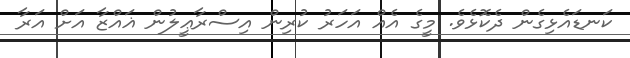
ކަނޑައެޅިގެން ދެކޮޅެވެ. މީގެ އެއް އަހަރު ކުރިން އިސްރާޢީލުން ޣައްޒާ އަށް އަރާ